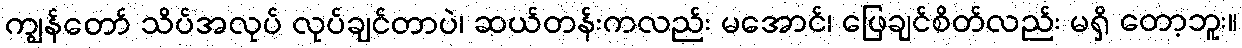
ကျွန်တော် သိပ်အလုပ် လုပ်ချင်တာပဲ၊ ဆယ်တန်းကလည်း မအောင်၊ ဖြေချင်စိတ်လည်း မရှိ တော့ဘူး။